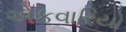
એકવારિયો